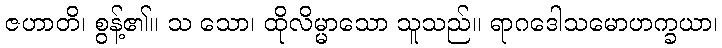
ဇဟာတိ၊ စွန့်၏။ သ သော၊ ထိုလိမ္မာသော သူသည်။ ရာဂဒေါသမောဟက္ခယာ၊